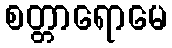
စတ္တာရောမေ